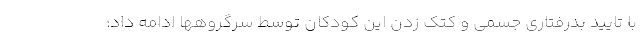
با تایید بدرفتاری جسمی و کتک زدن این کودکان توسط سرگروهها ادامه داد: